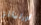
أورليانز